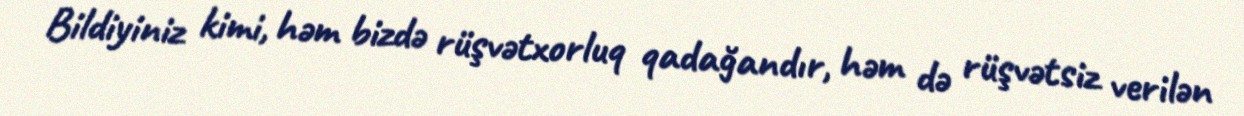
Bildiyiniz kimi, həm bizdə rüşvətxorluq qadağandır, həm də rüşvətsiz verilən